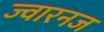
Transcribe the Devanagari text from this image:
ज्वारनज